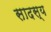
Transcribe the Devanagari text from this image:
सादस्य